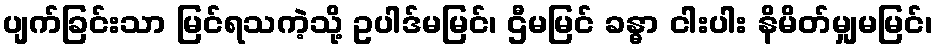
ပျက်ခြင်းသာ မြင်ရသကဲ့သို့ ဥပါဒ်မမြင်၊ ဌီမမြင် ခန္ဓာ ငါးပါး နိမိတ်မျှမမြင်၊